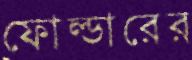
ফোল্ডারের